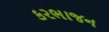
કરભાજન